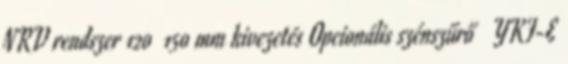
NRV rendszer 120 150 mm kivezetés Opcionális szénszűrő YKF-E